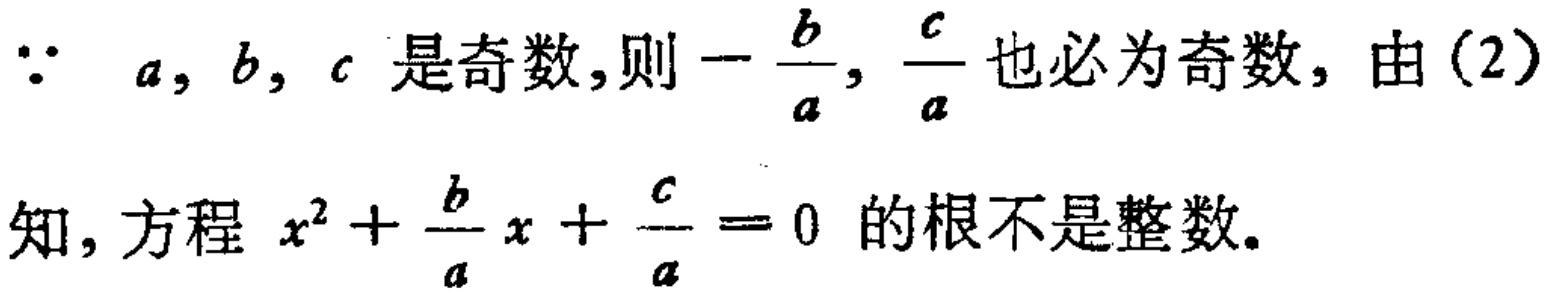
$\because a,b,c$ 是奇数,则 $-\frac{b}{a},\frac{c}{a}$ 也必为奇数, 由(2)知, 方程 $x^{2}+\frac{b}{a}x+\frac{c}{a}=0$ 的根不是整数.